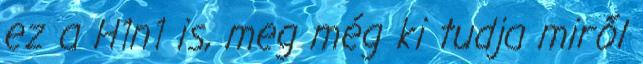
ez a H1n1 is, meg még ki tudja miről